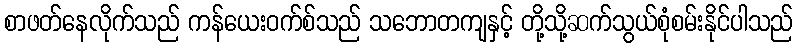
စာဖတ်နေလိုက်သည် ကန်ယေးဝက်စ်သည် သဘောတကျနှင့် တို့သို့ဆက်သွယ်စုံစမ်းနိုင်ပါသည်